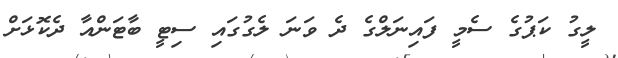
ލީގު ކަޕުގެ ސެމީ ފައިނަލްގެ ދެ ވަނަ ލެގުގައި ސިޓީ ބާޓަންއާ ދެކޮޅަށް